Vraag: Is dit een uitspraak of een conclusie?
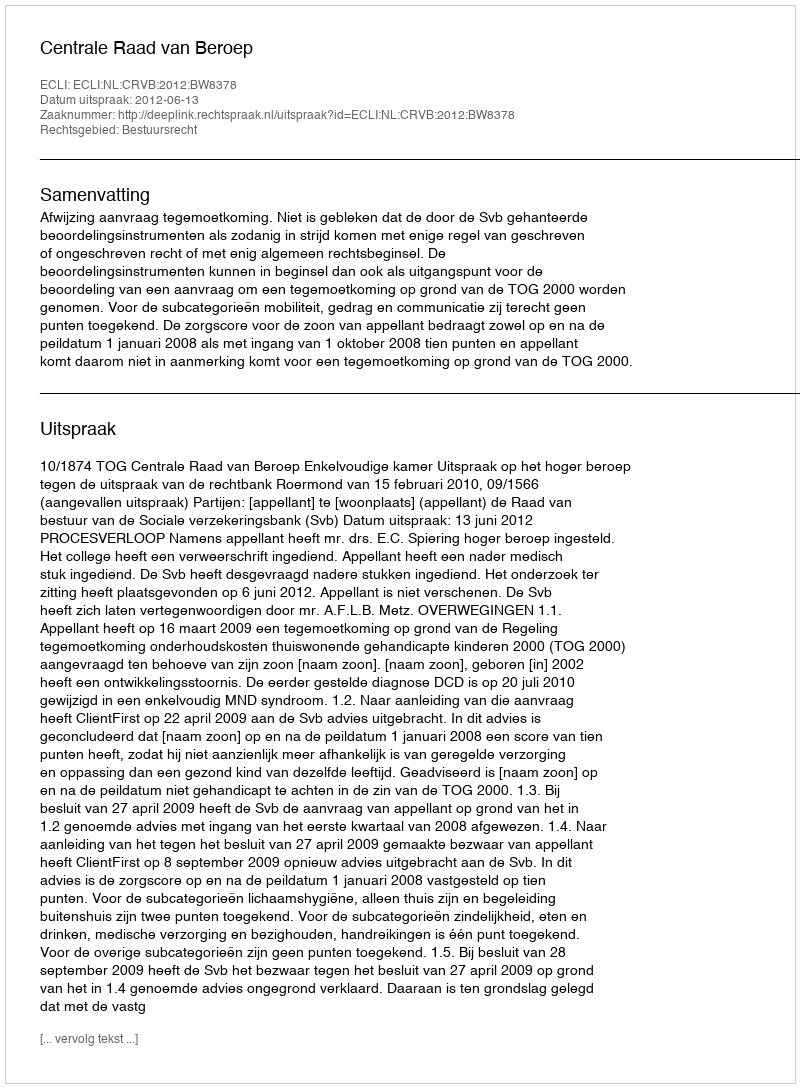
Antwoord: Uitspraak